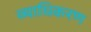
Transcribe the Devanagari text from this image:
व्याधिकरण